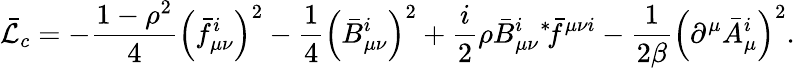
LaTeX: \bar{\cal L}_{c}=-\frac{1-\rho^{2}}4\left(\bar{f}_{\mu\nu}^{i}\right)^{2}-\frac 14\left(\bar{B}_{\mu\nu}^{i}\right)^{2}+\frac i2\rho\bar{B}_{\mu\nu}^{i}{}^{\ast}\! \bar{f}^{\mu\nu i}-\frac 1{2\beta}\left(\partial^{\mu}\bar{A}_{\mu}^{i}\right)^{2}.